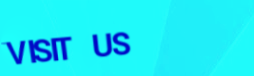
VISIT US